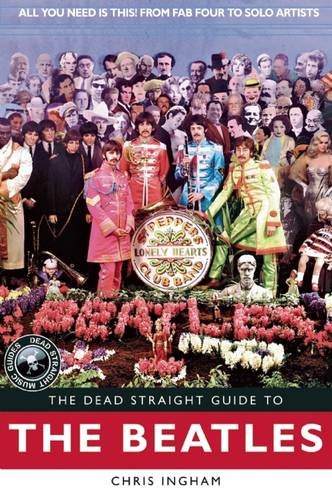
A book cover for The Dead Straight Guide to The Beatles (Dead Straight Guides); Roy Jones; Humor & Entertainment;